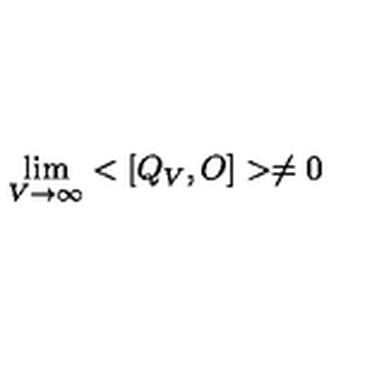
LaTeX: \lim _ { V \rightarrow \infty } < [ Q _ { V } , O ] > \ne 0